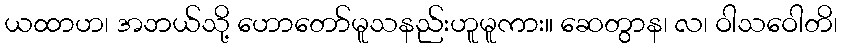
ယထာဟ၊ အဘယ်သို့ ဟောတော်မူသနည်းဟူမူကား။ ဆေတွာန၊ လ၊ ဝါသဝေါတိ၊